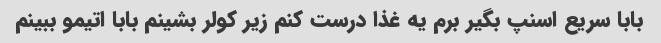
بابا سریع اسنپ بگیر برم یه غذا درست کنم زیر کولر بشینم بابا اتیمو ببینم